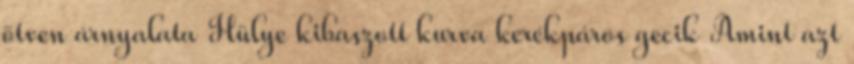
ötven árnyalata Hülye kibaszott kurva kerékpáros gecik Amint azt